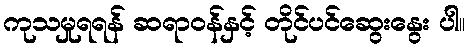
ကုသမှုရရန် ဆရာဝန်နှင့် တိုင်ပင်ဆွေးနွေး ပါ။